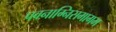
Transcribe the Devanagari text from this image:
पवनाग्निसमागम